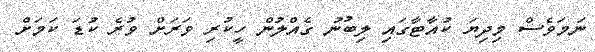
ނަމަވެސް މިދިޔަ ކުއާޓާގައި ލިބުނު ގެއްލުން ހީކުރި ވަރަށް ވުރެ ކުޑަ ކަމަށް